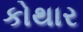
કોથાર